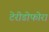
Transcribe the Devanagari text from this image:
टेरीडोफोरा